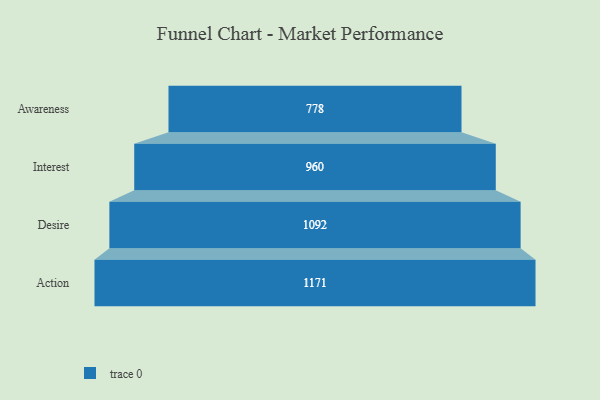
{"axis": {"x": "Stage", "y": "Value"}, "legend": [""], "data": [{"x": "Awareness", "y": 778.0, "type": ""}, {"x": "Interest", "y": 960.0, "type": ""}, {"x": "Desire", "y": 1092.0, "type": ""}, {"x": "Action", "y": 1171.0, "type": ""}]}